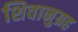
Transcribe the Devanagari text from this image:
शिवानुग्रह